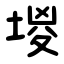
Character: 堫